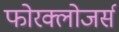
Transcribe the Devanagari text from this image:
फोरक्लोजर्स